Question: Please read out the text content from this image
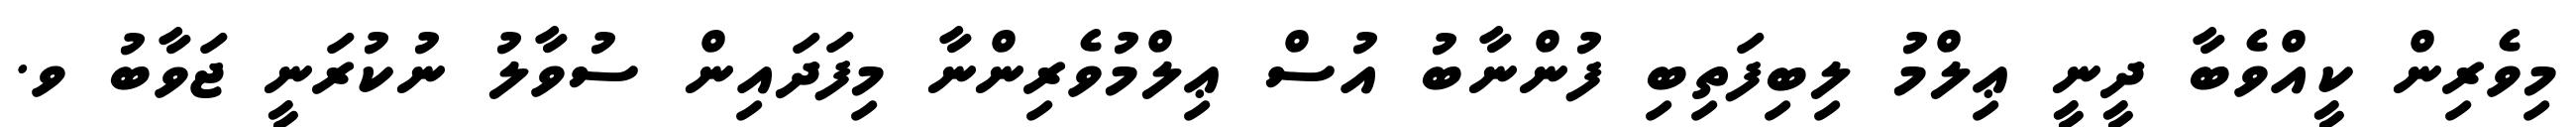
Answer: މިވެރިން ކީއްވެބާ ދީނީ ޢިލްމު ލިބިފަތިބި ފުންނާބު އުސް ޢިލްމުވެރިންނާ މިފަދައިން ސުވާލު ނުކުރަނީ ޖަވާބު ވ.